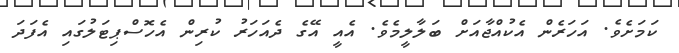
ކަމަށެވެ. އަހަރެން އެކުއްޖާއަށް ބަލާލީމެވެ. އެއީ އޭގެ ދެއަހަރު ކުރިން އެހޮސްޕިޓަލުގައި އެފަދަ